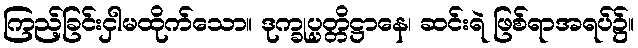
ကြည့်ခြင်းငှါမထိုက်သော။ ဒုက္ခုပ္ပတ္တိဋ္ဌာနေ၊ ဆင်းရဲ ဖြစ်ရာအရပ်၌။